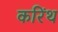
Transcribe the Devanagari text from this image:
करिंथ